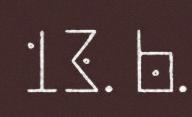
13. b.